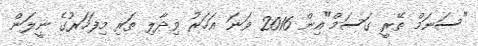
"ސަނަމް ތޭރީ ގަސަމް"އިން 2016 ވަނަ އަހަރު ވިދާލި ތަރި މިފަހަރުގެ ނީލަން